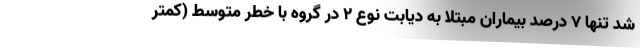
شد تنها 7 درصد بیماران مبتلا به دیابت نوع 2 در گروه با خطر متوسط (کمتر